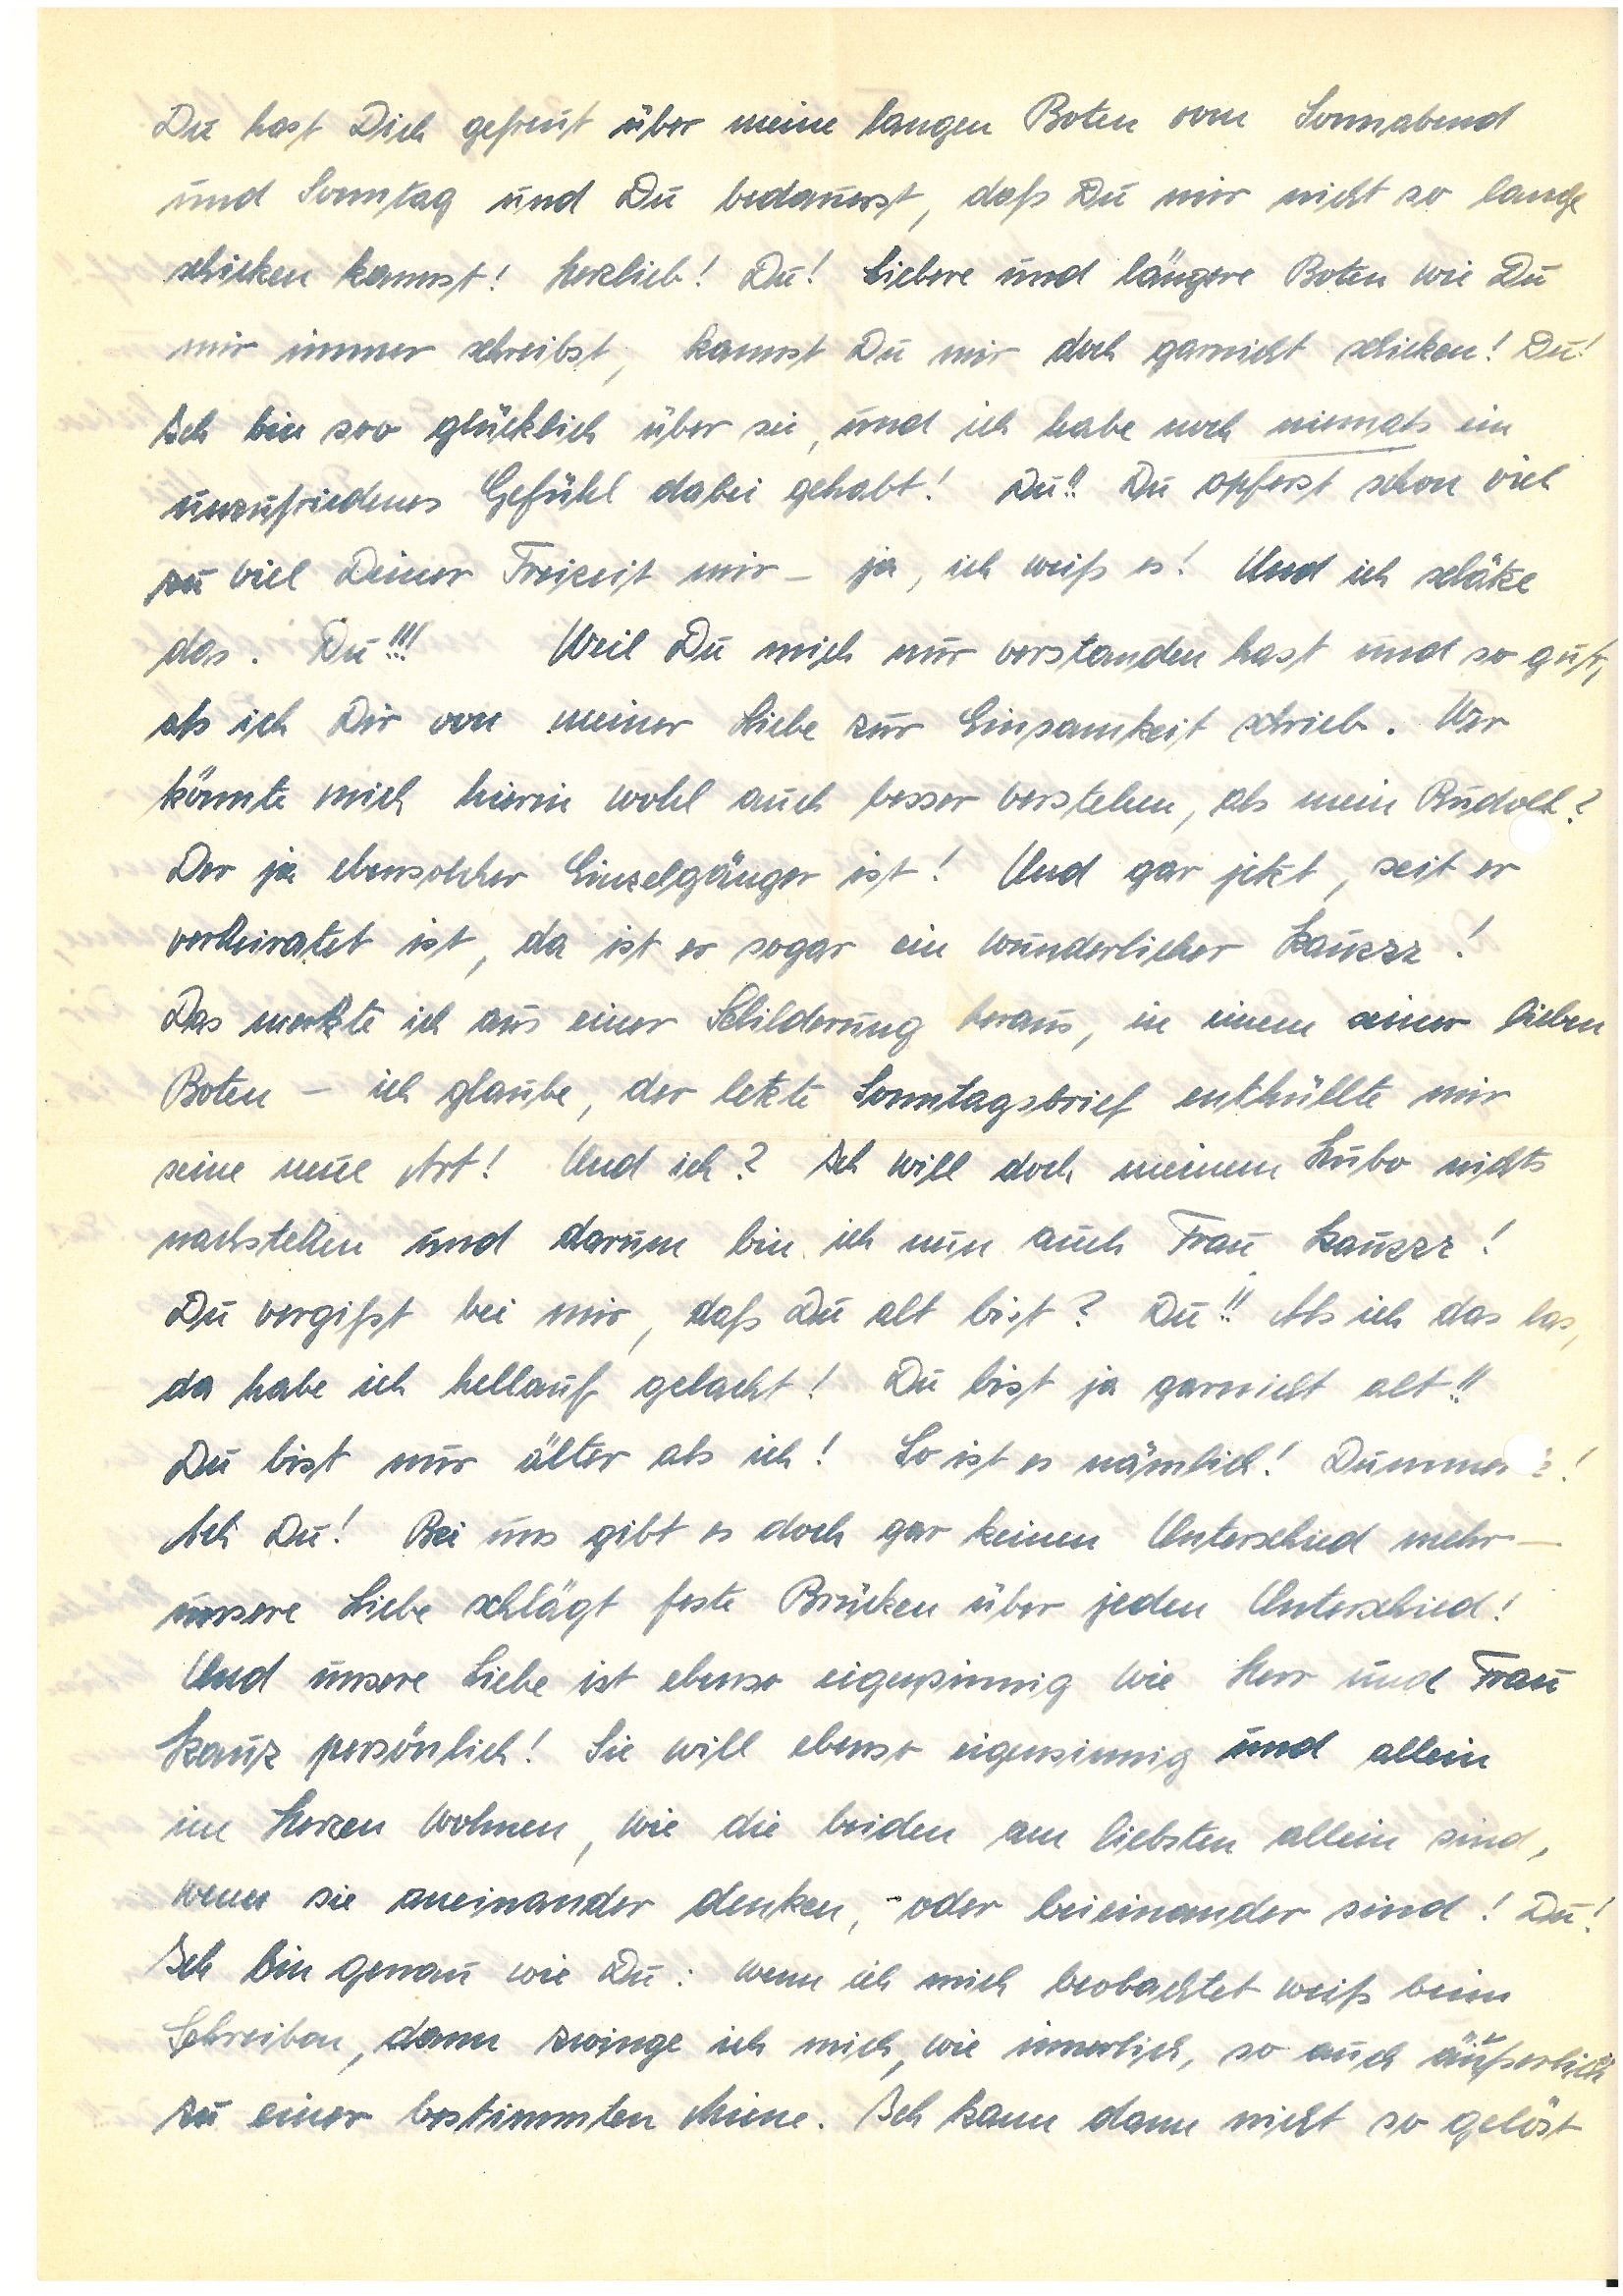
Du hast Dich gefreut über meine langen Boten vom Sonnabend
und Sonntag und Du bedauerst, daß Du mir nicht so lange
schicken kannst! Herzlieb! Du! Liebe und längere Boten wie Du
mir immer schreibst, kannst Du mir doch garnicht schicken! Du!
Ich bin soo glücklich über sie, und ich habe noch niemals ein
unzufriedenes Gefühl dabei gehabt! Du!! Du opferst schon viel
zu viel Deiner Freizeit mir – ja, ich weiß es! Und ich schätze
das. Du!!! Weil Du mich nur verstanden hast und so gut,
als ich Dir von meiner Liebe zur Einsamkeit schrieb. Wer
könnte mich hierin wohl auch besser verstehen, als mein?
Der ja ebensolcher Einzelgänger ist! Und gar jetzt, seit er
verheiratet ist, da ist er sogar ein wunderlicher Kauzzz!
Das merkte ich aus einer Schilderung heraus, in einem seiner lieben
Boten – ich glaube, der letzte Sonntagsbrief enthüllte mir
seine neue Art! Und ich? Ich will doch meinem Hubo nichts
nachstehen und darum bin ich nun auch Frau Kauzzz!
Du vergißt bei mir, daß Du alt bist? Du!! Als ich das las,
da habe ich hellauf gelacht! Du bist ja garnicht alt!!
Du bist nur älter als ich! So ist es nämlich! Dumme!
Ach Du! Bei uns gibt es doch gar keinen Unterschied mehr –
unsere Liebe schlägt feste Brücken über jeden Unterschied!
Und unsere Liebe ist ebenso eigensinnig wie Herr und Frau
Kauz persönlich! Sie will ebenso eigensinnig und allein
im Herzen wohnen, wie die beiden am liebsten allein sind,
wenn sie aneinander denken, – oder beieinander sind! Du!
Ich bin genau wie Du: wenn ich mich beobachtet weiß beim
Schreiben, dann zwinge ich mich, wie innerlich, so auch äußerlich
zu einer bestimmten Miene. Ich kann dann nicht so gelöst